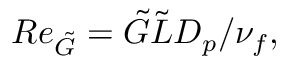
R e _ { \tilde { G } } = \tilde { G } \tilde { L } D _ { p } / \nu _ { f } ,